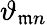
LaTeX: \vartheta_{\mathfrak{m}n}